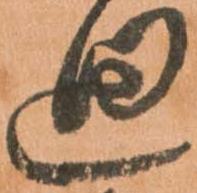
廻